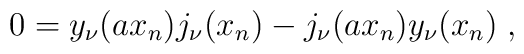
0=y_\nu (ax_n)j_\nu(x_n) - j_\nu (ax_n)y_\nu(x_n)\;,